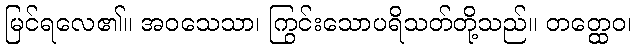
မြင်ရလေ၏။ အဝသေသာ၊ ကြွင်းသောပရိသတ်တို့သည်။ တတ္ထေဝ၊